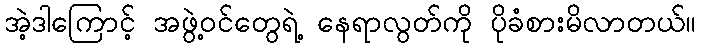
အဲ့ဒါကြောင့် အဖွဲ့ဝင်တွေရဲ့ နေရာလွတ်ကို ပိုခံစားမိလာတယ်။